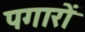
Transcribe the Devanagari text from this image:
पगारों